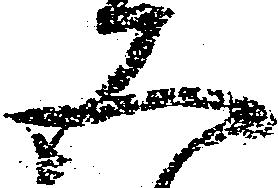
五